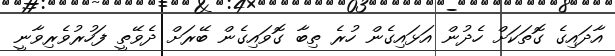
އާދައިގެ ގޮތަކަށް ހެދުން އަޅައިގެން ހުރެ ތިބާ ގޮވައިގެން ބޭރަށް ދެވޭތީ ފަހުރުވެރިވާނީ